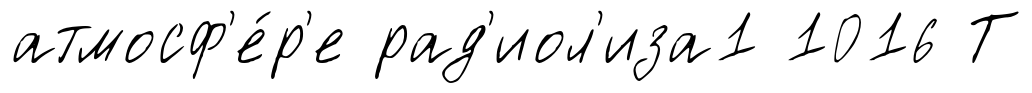
атмосф'е́р'е рад'иол'иза1 1016 Т